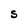
Character: S